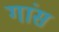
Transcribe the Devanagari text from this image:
गांस